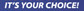
IT'S YOUR CHOICE!